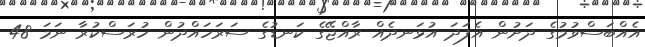
އެއްބަސްވުމުގެ ދަށުން އެފަދަ އުޅަނދެއް ރާއްޖޭގެ ކަނޑުގެ ސަރަހައްދުން ހުރަސްކުރާ ނަމަ 48